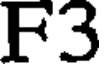
F3